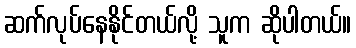
ဆက်လုပ်နေနိုင်တယ်လို့ သူက ဆိုပါတယ်။